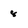
Character: 8